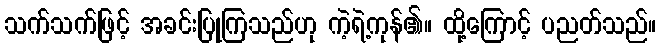
သက်သက်ဖြင့် အခင်းပြုကြသည်ဟု ကဲ့ရဲ့ကုန်၏။ ထို့ကြောင့် ပညတ်သည်။